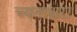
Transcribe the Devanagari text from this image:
च्यताक्षरा